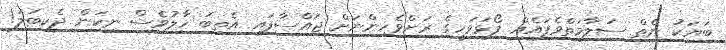
ބަޔަކު ނެތް ސަލާމަތްވެފައެއް. ފޯޅަވަހީގެ ރަށްވެހިންނަށް ޖައްސާފައި އެތިބަ ހާލުވެސް ނިކަން ދެކިބަލަ!